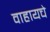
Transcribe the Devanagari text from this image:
वाहायचे